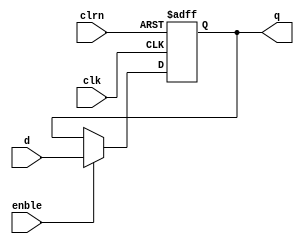
`timescale 1ns / 1ps
//////////////////////////////////////////////////////////////////////////////////
// Company:
// Engineer:
//
// Design Name:
// Module Name:    dff32
// Project Name:
// Target Devices:
// Tool versions:
// Description:
//
// Dependencies:
//
// Revision:
// Revision 0.01 - File Created
// Additional Comments:
//
//////////////////////////////////////////////////////////////////////////////////
module dff32(d,clk,clrn,enble,q
            );
input [31:0] d;
input clk,clrn, enble;
output [31:0] q;
reg [31:0] q;
always @ (negedge clrn or posedge clk)
    if(clrn==0) begin
        q<=0;
    end
    else if (enble==1) begin
        q<=d;
    end
endmodule